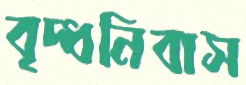
বৃদ্ধনিবাস